Grant in aid of salaries of teachers, 1917
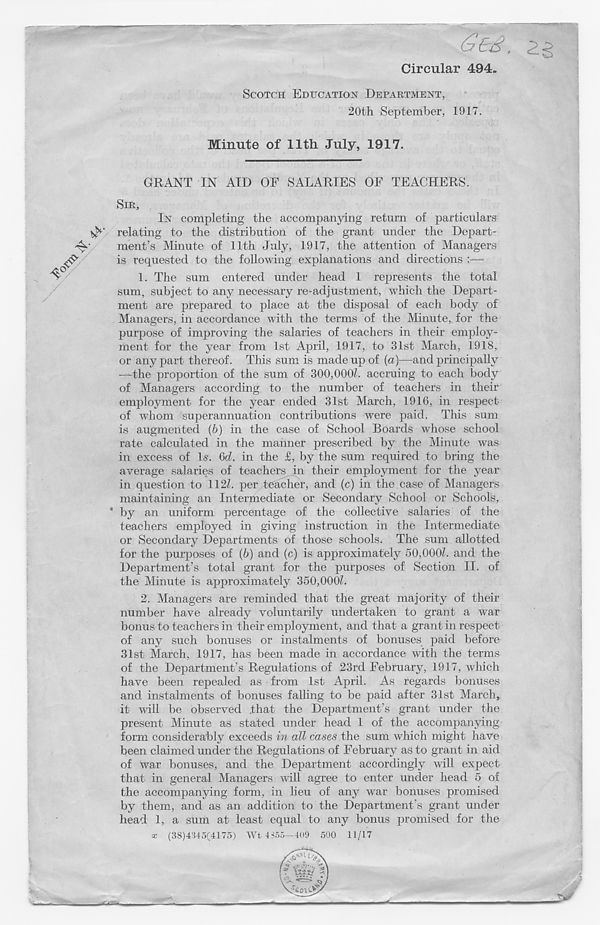
£e£. 2^
Circular 494.
SCOTCH EDTICATIOX DEPARTMENT,
20th September, 1917.
Minute of 11th July, 1917.
GRANT IN AID OF SALARIES OF TEACHERS.
SIR,
IN completing the accompanying return of particulars
c relating to the distribution of the grant under the Depart-
ment’s Minute of 11th July, 1917, the attention of Managers
is requested to the following explanations and directions :—-
1. The sum entered under head 1 represents the total
sum, subject to any necessary re-adjustment, which the Depart-
ment are prepared to place at the disposal of each body of
Managers, in accordance with the terms of the Minute, for the
purpose of improving the salaries of teachers in their employ-
ment for the year from 1st April, 1917, to 31st March, 1918,
or any part thereof. This sum is made up of (a)—and principally
—the proportion of the sum of 300,000L accruing to each body
of Managers according to the number of teachers in their
employment for the year ended 31st March, 1916, in respect
of whom superannuation contributions were paid. This sum
is augmented (b) in the case of School Boards whose school
rate calculated in the manner prescribed by the Minute was
in excess of Is. 6d. in the £, by the sum required to bring the
average salaries of teachers in their employment for the year
in question to 112h per teacher, and (c) in the case of Managers
maintaining an Intermediate or Secondary School or Schools,
* by an uniform percentage of the collective salaries of the
teachers employed in giving instruction in the Intermediate
or Secondary Departments of those schools. The sum allotted
for the purposes of (b) and (c) is approximately 50,000h and the
Department’s total grant for the purposes of Section II. of
the Minute is approximately 350,000?.
2. Managers are reminded that the great majority of their
number have already voluntarily undertaken to grant a war
bonus to teachers in their employment, and that a grant in respect
of any such bonuses or instalments of bonuses paid before
31st March, 1917, has been made in accordance with the terms
of the Department’s Regulations of 23rd February, 1917, which
have been repealed as from 1st April. As regards bonuses
and instalments of bonuses falling to be paid after 31st March,
it will be observed .that the Department’s grant under the
present Minute as stated under head 1 of the accompanying
form considerably exceeds in all cases the sum which might have
been claimed under the Regulations of February as to grant in aid
of war bonuses, and the Department accordingly will expect
that in general Managers will agree to enter under head 5 of
the accompanying form, in lieu of any war bonuses promised
by them, and as an addition to the Department’s grant under
head 1, a sum at least equal to any bonus promised for the
« (38)4'!4o(4175) Wt 4355-409 500 11/17